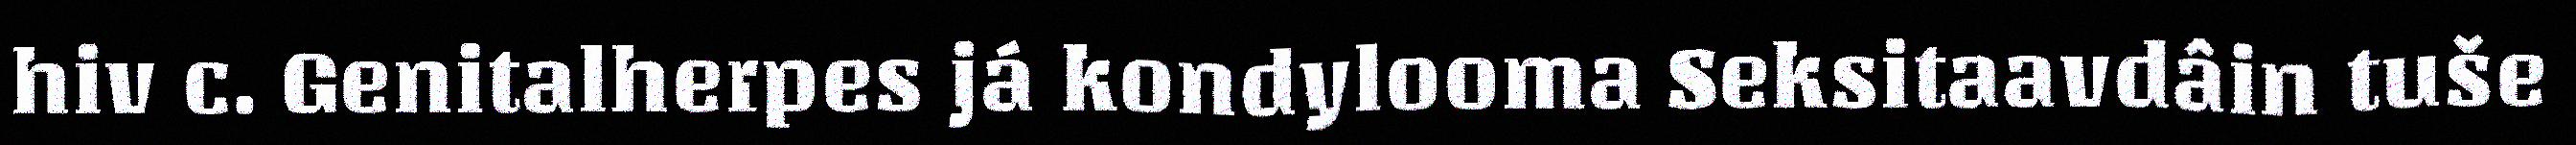
hiv c. Genitalherpes já kondylooma Seksitaavdâin tuše